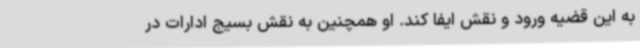
به این قضیه ورود و نقش ایفا کند. او همچنین به نقش بسیج ادارات در